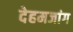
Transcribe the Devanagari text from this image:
देहमजांग